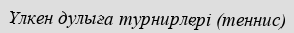
Үлкен дулыға турнирлері (теннис)